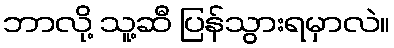
ဘာလို့ သူ့ဆီ ပြန်သွားရမှာလဲ။